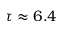
\tau \approx 6 . 4